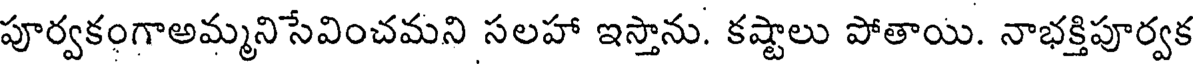
పూర్వకంగాఅమ్మనిసేవించమని సలహా ఇస్తాను. కష్టాలు పోతాయి. నాభక్తిపూర్వక